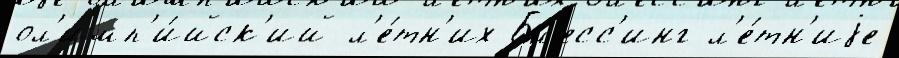
ол'имп'и́йск'ий л'е́тн'их Бл'есс'инг л'е́тн'иjе